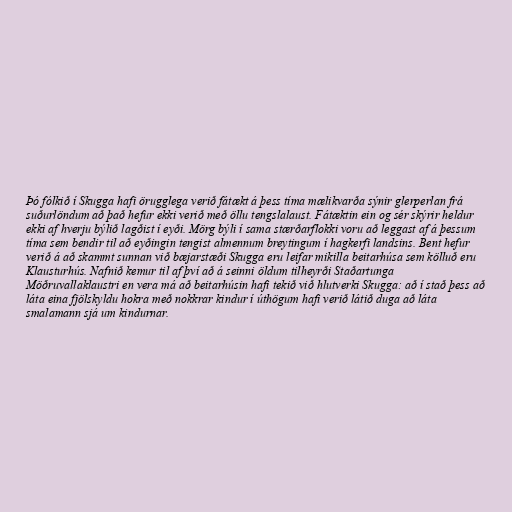
Þó fólkið í Skugga hafi örugglega verið fátækt á þess tíma mælikvarða sýnir glerperlan frá
suðurlöndum að það hefur ekki verið með öllu tengslalaust. Fátæktin ein og sér skýrir heldur
ekki af hverju býlið lagðist í eyði. Mörg býli í sama stærðarflokki voru að leggast af á þessum
tíma sem bendir til að eyðingin tengist almennum breytingum í hagkerfi landsins. Bent hefur
verið á að skammt sunnan við bæjarstæði Skugga eru leifar mikilla beitarhúsa sem kölluð eru
Klausturhús. Nafnið kemur til af því að á seinni öldum tilheyrði Staðartunga
Möðruvallaklaustri en vera má að beitarhúsin hafi tekið við hlutverki Skugga: að í stað þess að
láta eina fjölskyldu hokra með nokkrar kindur í úthögum hafi verið látið duga að láta
smalamann sjá um kindurnar.